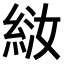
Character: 𫃤